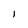
Character: I